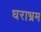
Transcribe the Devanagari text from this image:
धराभ्रम